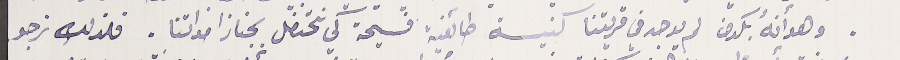
وهو انهُ بكون لم يوجد في قريتنا كنيسة طائفية فسيحة كي نحتفل بجناز امواتنا. فلذلك نرجو